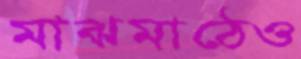
মাঝমাঠেও